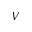
V